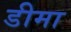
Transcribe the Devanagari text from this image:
डीमा